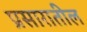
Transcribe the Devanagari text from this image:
प्रसारातील